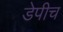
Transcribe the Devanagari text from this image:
डेपीच